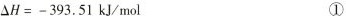
$$△ H = - 3 9 3 . 5 1 k J / m o l ①